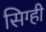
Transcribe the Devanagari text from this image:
सिग्ही